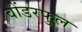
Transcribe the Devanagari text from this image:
वोंडरफुल